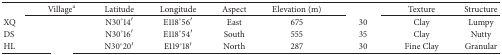
<table><thead><tr><td>[EMPTY_CELL]</td><td><b>Village<sup>a</sup></b></td><td><b>Latitude</b></td><td><b>Longitude</b></td><td><b>Aspect</b></td><td><b>Elevation (m)</b></td><td>[EMPTY_CELL]</td><td><b>Texture</b></td><td><b>Structure</b></td></tr></thead><tbody><tr><td>XQ</td><td>[EMPTY_CELL]</td><td>N30°14′</td><td>E118°56′</td><td>East</td><td>675</td><td>30</td><td>Clay</td><td>Lumpy</td></tr><tr><td>DS</td><td>[EMPTY_CELL]</td><td>N30°16′</td><td>E118°54′</td><td>South</td><td>555</td><td>35</td><td>Clay</td><td>Nutty</td></tr><tr><td>HL</td><td>[EMPTY_CELL]</td><td>N30°20′</td><td>E119°18′</td><td>North</td><td>287</td><td>30</td><td>Fine Clay</td><td>Granular</td></tr></tbody></table>